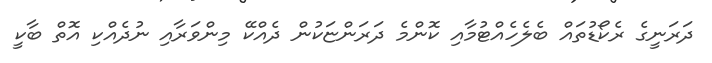
ދަރަނީގެ ރެކޯޑުތައް ބެލެހެއްޓުމާއި ކޮންމެ ދަރަންޏަކުން ދެއްކޭ މިންވަރާއި ނުދެއްކި އޮތް ބާކީ